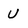
Character: U